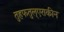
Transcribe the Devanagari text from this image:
तुहफतुल्एराकीन